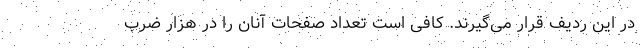
در این ردیف قرار می‌گیرند. کافی است تعداد صفحات آنان را در هزار ضرب